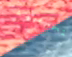
التجريبية